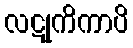
လဋုကိကာပိ